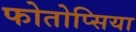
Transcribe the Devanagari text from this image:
फोतोप्सिया